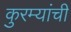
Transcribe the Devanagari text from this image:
कुरम्यांची